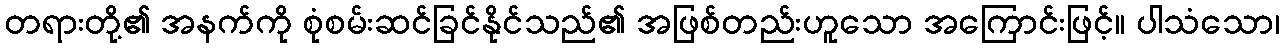
တရားတို့၏ အနက်ကို စုံစမ်းဆင်ခြင်နိုင်သည်၏ အဖြစ်တည်းဟူသော အကြောင်းဖြင့်။ ပါသံသော၊